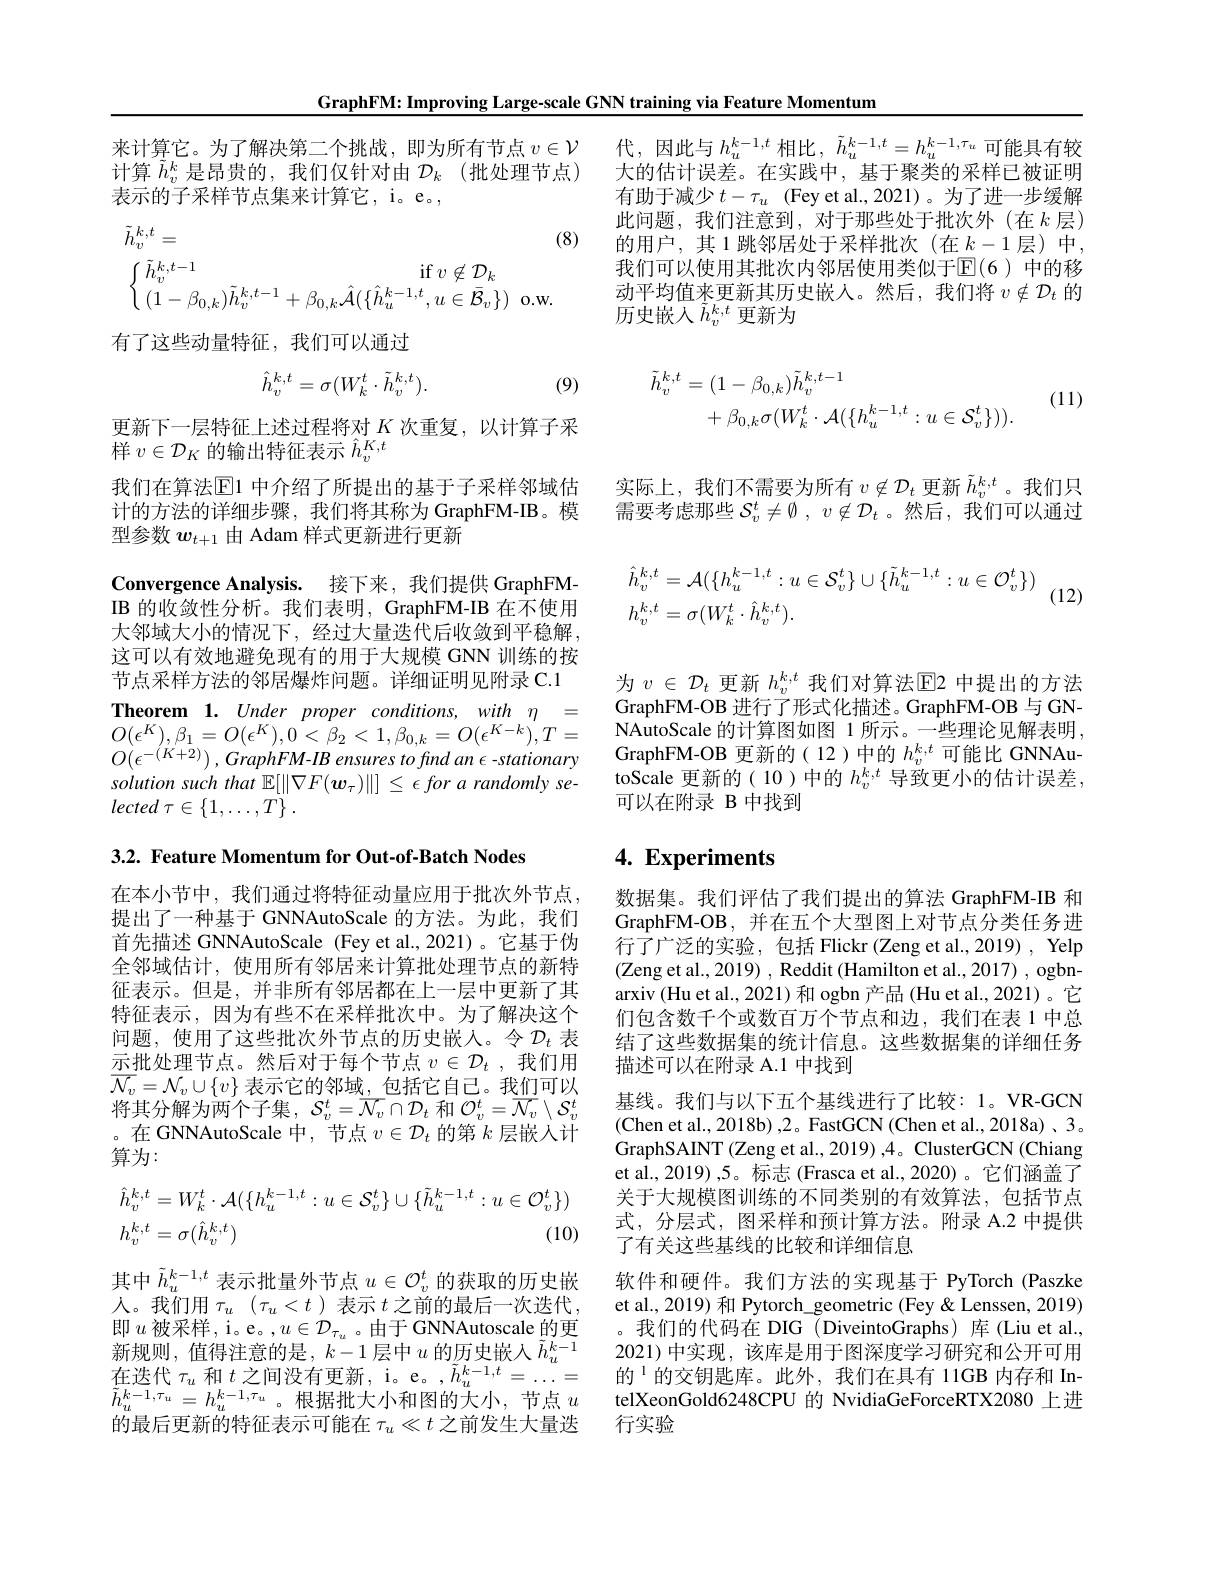
GraphFM: Improving Large-scale GNN training via Feature Momentum

有助于减少$t-\tau_u$ (Fey et al.,2021)。为了进一步缓解此问题，我们注意到，对于那些处于批次外(在$k$层) 的用户，其1跳邻居处于采样批次(在$k-1$层)中， 我们可以使用其批次内邻居使用类似于$\mathbb{E}(6)$中的移动平均值来更新其历史嵌人。然后，我们将$v\notin\mathcal{D}_t$的历史嵌人$\tilde{h}_v^{k,t}$更新为
$$\begin{aligned}\tilde{h}_{v}^{k,t}&=(1-\beta_{0,k})\tilde{h}_{v}^{k,t-1}\\&+\beta_{0,k}\sigma(W_{k}^{t}\cdot\mathcal{A}(\{h_{u}^{k-1,t}:u\in\mathcal{S}_{v}^{t}\})).\end{aligned}$$
(11)

实际上，我们不需要为所有$v\not\in\mathcal{D}_t$更新$\tilde{h}_v^k,t$。我们只需要考虑那些$\mathcal{S}_v^t\neq\emptyset,v\not\in\mathcal{D}_t$ 。然后，我们可以通过
$$\begin{aligned}&\hat{h}_{v}^{k,t}=\mathcal{A}(\{h_{u}^{k-1,t}:u\in\mathcal{S}_{v}^{t}\}\cup\{\tilde{h}_{u}^{k-1,t}:u\in\mathcal{O}_{v}^{t}\})\\&h_{v}^{k,t}=\sigma(W_{k}^{t}\cdot\hat{h}_{v}^{k,t}).\end{aligned}$$
(12)

来计算它。为了解决第二个挑战，即为所有节点$v\in\mathcal{V}$代，因此与$h_u^{k-1,t}$相比，$\tilde{h}_u^{k-1,t}=h_u^{k-1,\tau_u}$可能具有较计算$\tilde{h}_v^k$是昂贵的，我们仅针对由$\mathcal{D}_k$ (批处理节点) 大的估计误差。在实践中，基于聚类的采样已被证明表示的子采样节点集来计算它，i。e。,

(8)
$$\begin{aligned}&\tilde{h}_{v}^{k,t}=\\&\begin{cases}\tilde{h}_{v}^{k,t-1}&\mathrm{if~}v\not\in\mathcal{D}_{k}\\(1-\beta_{0,k})\tilde{h}_{v}^{k,t-1}+\beta_{0,k}\hat{\mathcal{A}}(\{\hat{h}_{u}^{k-1,t},u\in\bar{\mathcal{B}}_{v}\})&\mathrm{o.}\end{cases}\end{aligned}$$
有了这些动量特征，我们可以通过
$$\hat{h}_{v}^{k,t}=\sigma(W_{k}^{t}\cdot\tilde{h}_{v}^{k,t}).$$
(9)

更新下一层特征上述过程将对$K$次重复，以计算子采
样$v\in\mathcal{D}_K$的输出特征表示$\hat{h}_v^{K,t}$
我们在算法$\mathbb{E}$1 中介绍了所提出的基于子采样邻域估计的方法的详细步骤，我们将其称为 GraphFM-IB。模型参数$w_{t+1}$由 Adam 样式更新进行更新

Convergence Analysis. 接下来，我们提供 GraphFMIB 的收敛性分析。我们表明，GraphFM-IB 在不使用大邻域大小的情况下，经过大量迭代后收敛到平稳解， 这可以有效地避免现有的用于大规模 GNN 训练的按节点采样方法的邻居爆炸问题。详细证明见附录 C.1 Theorem 1. Under proper conditions, with $\eta=$ $O(\epsilon^{K}),\beta_{1}=O(\epsilon^{K}),0<\beta_{2}<1,\beta_{0,k}=O(\epsilon^{K-k}),T=$ $O( \epsilon ^{- ( K+ 2) }) , \textit{GraphFM- IB ensures to find an }\epsilon$-stationary solution such that $\mathbb{E} [ \| \nabla F( \boldsymbol{w}_\tau ) \| ] \leq \epsilon \textit{for a randomly se- }$ lected $\tau \in \{ 1, \ldots , T\}$ .

3.2. Feature Momentum for Out-of-Batch Nodes

在本小节中，我们通过将特征动量应用于批次外节点， 提出了一种基于 GNNAutoScale 的方法。为此，我们首先描述 GNNAutoScale (Fey et al.,2021)。它基于伪全邻域估计，使用所有邻居来计算批处理节点的新特征表示。但是，并非所有邻居都在上一层中更新了其特征表示，因为有些不在采样批次中。为了解决这个问题，使用了这些批次外节点的历史嵌人。令$\mathcal{D}_t$ 表示批处理节点。然后对于每个节点$v\in\mathcal{D}_t$ ,我们用$\overline{\mathcal{N}_v}=\mathcal{N}_v\cup\{v\}$表示它的邻域，包括它自己。我们可以将其分解为两个子集$,\mathcal{S}_v^t=\overline{\mathcal{N}}_v\cap\mathcal{D}_t$ 和 $\mathcal{O}_v^t=\overline{\mathcal{N}}_v\setminus\mathcal{S}_v^t$ 。在 GNNAutoScale 中，节点$v\in\mathcal{D}_t$的第$k$层嵌人计算为：
$$\begin{aligned}&\hat{h}_{v}^{k,t}=W_{k}^{t}\cdot\mathcal{A}(\{h_{u}^{k-1,t}:u\in\mathcal{S}_{v}^{t}\}\cup\{\tilde{h}_{u}^{k-1,t}:u\in\mathcal{O}_{v}^{t}\})\\&h_{v}^{k,t}=\sigma(\hat{h}_{v}^{k,t})&(10)\end{aligned}$$
其中$\tilde{h}_u^{k-1,t}$表示批量外节点$u\in\mathcal{O}_v^t$的获取的历史嵌$\bar{\text{人。我们用 }\tau_u}(\tau_u<t)$表示 $t$之前的最后一次迭代， 即$u$被采样，i。e。$,u\in\mathcal{D}_\tau_u$ 。由于 GNNAutoscale 的更新规则，值得注意的是，$k-1$层中$u$ 的历史嵌入 $\tilde{h}_u^{k-1}$

为$v\in\mathcal{D}_t$更新$h_v^k,t$我们对算法$\mathbb{E}$2 中提出的方法GraphFM-OB 进行了形式化描述。GraphFM-OB 与 GNNAutoScale 的计算图如图 1 所示。一些理论见解表明， GraphFM-OB 更新的(12)中的$h_v^{k,t}$可能比 GNNAutoScale 更新的( 10 )中的$h_v^{k,t}$导致更小的估计误差， 可以在附录 B 中找到

# 4. Experiments

数据集。我们评估了我们提出的算法 GraphFM-IB 和GraphFM-OB,并在五个大型图上对节点分类任务进行了广泛的实验，包括 Flickr(Zeng et al.,2019), Yelp (Zeng et al., 2019) , Reddit (Hamilton et al., 2017) , ogbnarxiv (Hu et al., 2021) 和 ogbn 产品 (Hu et al., 2021)。它们包含数千个或数百万个节点和边，我们在表 1 中总结了这些数据集的统计信息。这些数据集的详细任务描述可以在附录 A.1 中找到
基线。我们与以下五个基线进行了比较：1。VR-GCN (Chen et al., 2018b) ,2。{FastGCN}(Chen et al., 2018a) 、3。GraphSAINT (Zeng et al., 2019) ,4。ClusterGCN (Chiang et al., 2019) ,5。标志 (Frasca et al., 2020) 。它们涵盖了关于大规模图训练的不同类别的有效算法，包括节点式，分层式，图采样和预计算方法。附录 A.2 中提供了有关这些基线的比较和详细信息
软件和硬件。我们方法的实现基于 PyTorch (Paszke et al., 2019) 和 Pytorch\_geometric (Fey &Lenssen, 2019) 。我们的代码在 DIG (DiveintoGraphs) 库 (Liu et al., 2021)中实现，该库是用于图深度学习研究和公开可用
在迭代 $\tau_u$ 和 $t$ 之间没有更新，i。e。$, \tilde{h} _u^k- 1, t= \ldots =$ 的$^1$的交钥匙库。此外，我们在具有 11GB 内存和 In- $\tilde{h}_u^{k-1,\tau_u}=h_u^{k-1,\tau_u}$。根据批大小和图的大小，节点$u$ telXeonGold6248CPU 的 NvidiaGeForceRTX2080 上进的最后更新的特征表示可能在$\tau_u\ll t$之前发生大量迭  行实验